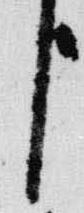
臣